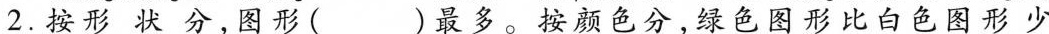
2.按形状分，图形( )最多。按颜色分，绿色图形比白色图形少